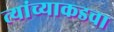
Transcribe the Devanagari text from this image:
त्यांच्याकडचा